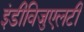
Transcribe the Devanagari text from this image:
इंडीविजुएलटी